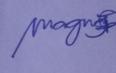
Signature authenticity: genuine